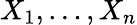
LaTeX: X_{1},\dots,X_{n}